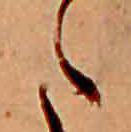
た